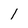
Character: l